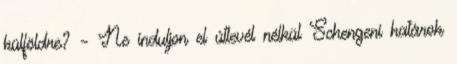
külföldre? – Ne induljon el útlevél nélkül Schengeni határok